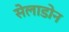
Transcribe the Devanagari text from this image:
सेलाडोन